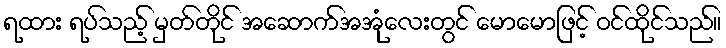
ရထား ရပ်သည့် မှတ်တိုင် အဆောက်အအုံလေးတွင် မောမောဖြင့် ဝင်ထိုင်သည်။